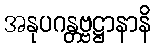
အနုပဂန္တဗ္ဗဋ္ဌာနာနိ